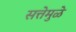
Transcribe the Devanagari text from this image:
सत्तेमुळे